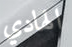
الهادي